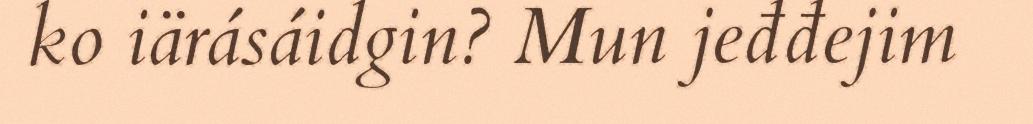
ko iärásáidgin? Mun jeđđejim